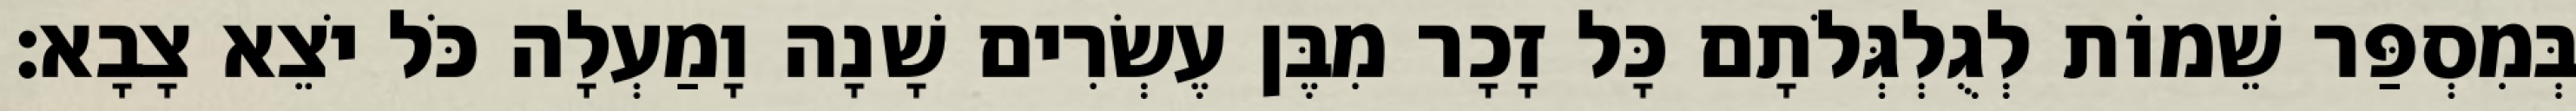
בְּמִסְפַּר שֵׁמוֹת לְגֻלְגְּלֹתָם כָּל זָכָר מִבֶּן עֶשְׂרִים שָׁנָה וָמַעְלָה כֹּל יֹצֵא צָבָא׃